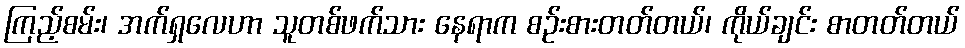
ကြည့်စမ်း၊ အက်ရှလေဟာ သူတစ်ဖက်သား နေရာက စဉ်းစားတတ်တယ်၊ ကိုယ်ချင်း စာတတ်တယ်